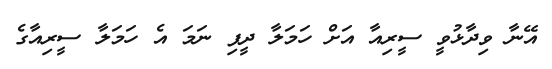
އޭނާ ވިދާޅުވީ ސީރިއާ އަށް ހަމަލާ ދީފި ނަމަ އެ ހަމަލާ ސީރިއާގެ